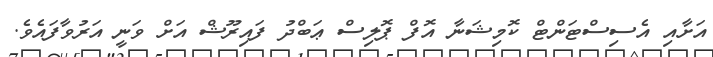
އަށާއި އެސިސްޓަންޓް ކޮމިޝަނާ އޮފް ޕޮލިސް ޢަބްދު ފައިރޫޝް އަށް ވަނީ އަރުވާފައެވެ.